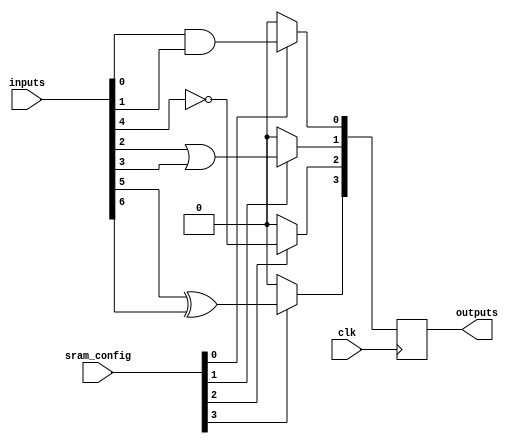
module CLB (
    input wire [7:0] inputs,        // 8 input pins
    input wire [3:0] sram_config,   // 4-bit SRAM configuration
    input wire clk,                  // Global clock signal
    output reg [3:0] outputs         // 4 output pins
);

    // Internal signals for logic gates
    wire and_out, or_out, not_out, xor_out;
    wire [3:0] mux_out;

    // Logic gates based on SRAM configuration
    assign and_out = inputs[0] & inputs[1];  // AND gate
    assign or_out  = inputs[2] | inputs[3];  // OR gate
    assign not_out = ~inputs[4];              // NOT gate
    assign xor_out = inputs[5] ^ inputs[6];  // XOR gate

    // Multiplexer to select output based on SRAM configuration
    assign mux_out[0] = (sram_config[0]) ? and_out : 1'b0;
    assign mux_out[1] = (sram_config[1]) ? or_out : 1'b0;
    assign mux_out[2] = (sram_config[2]) ? not_out : 1'b0;
    assign mux_out[3] = (sram_config[3]) ? xor_out : 1'b0;

    // Output assignment with feedback support
    always @(posedge clk) begin
        outputs <= mux_out;  // Update outputs on clock edge
    end

endmodule